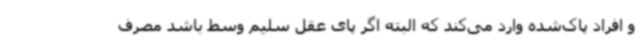
و افراد پاک‌شده وارد می‌کند که البته اگر پای عقل سلیم وسط باشد مصرف